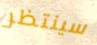
سينتظر